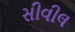
સીવીલ